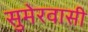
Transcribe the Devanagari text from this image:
सुमेरवासी